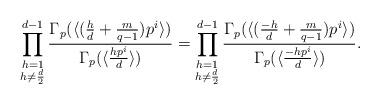
LaTeX: \begin{align*} \prod_{\substack{h=1\\h\neq\frac{d}{2}}}^{d-1}\frac{\Gamma_p(\langle(\frac{h}{d}+\frac{m}{q-1})p^i\rangle)}{\Gamma_p(\langle\frac{hp^i}{d}\rangle)}=\prod_{\substack{h=1\\h\neq\frac{d}{2}}}^{d-1}\frac{\Gamma_p(\langle(\frac{-h}{d}+\frac{m}{q-1})p^i\rangle)}{\Gamma_p(\langle\frac{-hp^i}{d}\rangle)}.\end{align*}